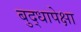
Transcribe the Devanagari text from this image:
बुद्धापेक्षा